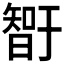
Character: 𰖨